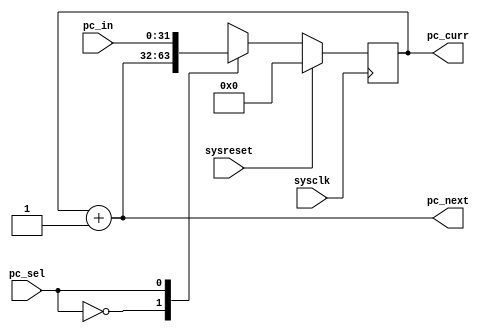
`timescale 1ns / 1ps
//////////////////////////////////////////////////////////////////////////////////
// 
// 
// Design Name:    Program_counter
// Module Name:    Program_counter
// Project Name:   RISCV_RV32I_core
// Target Devices: Nexys 4 DDR
// 
// Description: Program counter for 32 bit wide instruction memory
//                        +---------------------+
//                 sysclk-|                     |-> pc_curr
//               sysreset-|         PC          |-> pc_next
//                 pc_sel-|                     |
//                  pc_in-|                     |
//                        +---------------------+
//
// Dependencies: none
// 
// Revision:
// Revision 0.01 - File Created
// Additional Comments:
// 
//////////////////////////////////////////////////////////////////////////////////


module Program_counter(
    input sysclk,          // system clock
    input sysreset,        // system reset
    input [31:0] pc_in,    // pc input value
    input pc_sel,          // pc update source select
    output [31:0] pc_curr, // pc current value
    output [31:0] pc_next  // pc next value
    );

    reg [31:0] PC;

    always @(posedge sysclk) begin
        case (pc_sel)
            1'b0: PC <= PC + 1;
            1'b1: PC <= pc_in;

            default: PC <= PC + 1;
        endcase

        if (sysreset)
            PC <= 0;
    end

    assign pc_curr = PC;
    assign pc_next = PC + 1;
endmodule